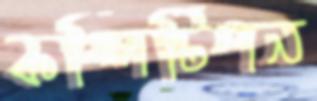
কম্পিটিশন